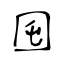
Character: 囤